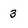
Character: 3